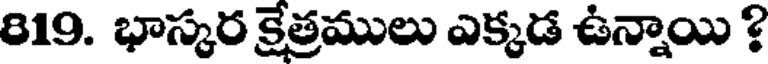
819. భాస్కర క్షేత్రములు ఎక్కడ ఉన్నాయి ?